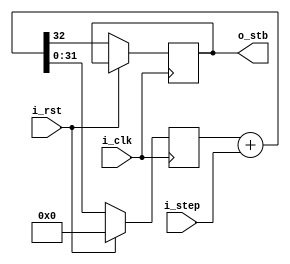
`timescale 1ns / 1ps

module clock_divider_fract (
    input wire i_clk,
    input wire i_rst,
    input wire [31:0] i_step,
    output reg o_stb
);
    reg [31:0] counter=33'd0;

    always @(posedge i_clk) begin
        if(i_rst) //synchronous reset
            counter <= 32'd0;
        else
            {o_stb,counter} <= counter + i_step;
    end
endmodule